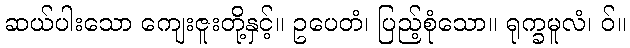
ဆယ်ပါးသော ကျေးဇူးတို့နှင့်။ ဥပေတံ၊ ပြည့်စုံသော။ ရုက္ခမူလံ၊ ဝ်။